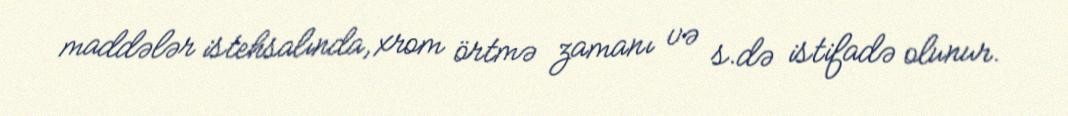
maddələr istehsalında, xrom örtmə zamanı və s.də istifadə olunur.